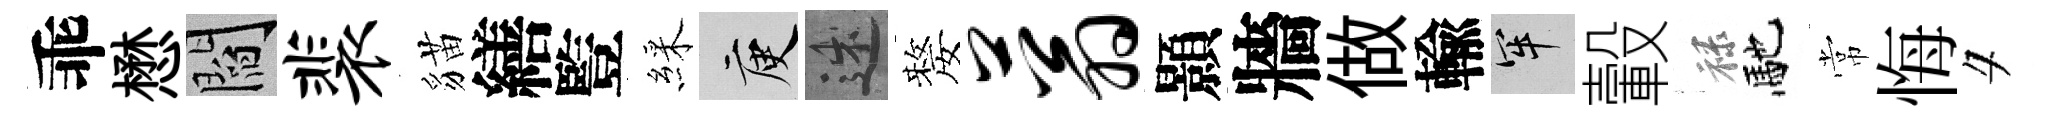
乖懋閻裴貓繕䜿綵庾述嫠蓊顥牆做輸牢轂禄馳常悔夕